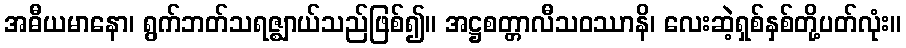
အဓီယမာနော၊ ရွက်ဘတ်သရဇ္ဈာယ်သည်ဖြစ်၍။ အဋ္ဌစတ္တာလီသဝဿာနိ၊ လေးဆဲ့ရှစ်နှစ်တို့ပတ်လုံး။